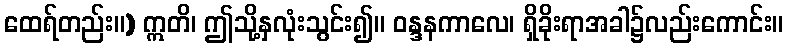
ထေရ်တည်း။) ဣတိ၊ ဤသို့နှလုံးသွင်း၍။ ဝန္ဒနကာလေ၊ ရှိခိုးရာအခါ၌လည်းကောင်း။